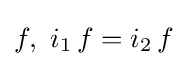
f,\ i_{1}\,f=i_{2}\,f